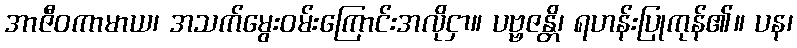
အာဇီဝကာမာယ၊ အသက်မွေးဝမ်းကြောင်းအလိုငှာ။ ပဗ္ဗဇန္တိ၊ ရဟန်းပြုကုန်၏။ ပန၊